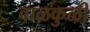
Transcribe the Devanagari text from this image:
वाळकुळी